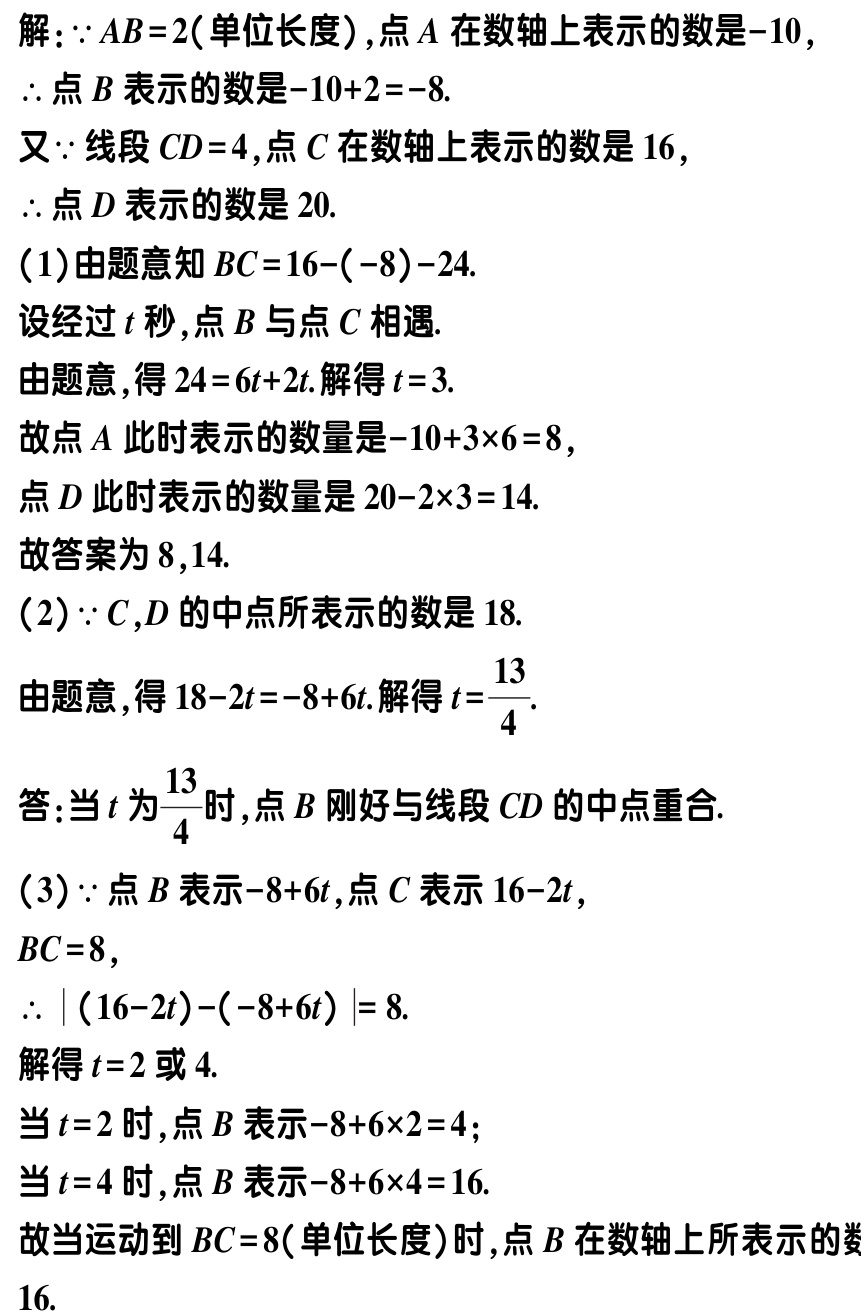
解：\(\because AB = 2\)（单位长度）,点\(A\)在数轴上表示的数是\(-10\),

\(\therefore\)点\(B\)表示的数是\(-10 + 2 = -8\).

又\(\because\)线段\(CD = 4\),点\(C\)在数轴上表示的数是\(16\),

\(\therefore\)点\(D\)表示的数是\(20\).

（1）由题意知\(BC = 16 - (-8)=24\).

设经过\(t\)秒,点\(B\)与点\(C\)相遇.

由题意,得\(24 = 6t + 2t\).解得\(t = 3\).

故点\(A\)此时表示的数量是\(-10 + 3\times6 = 8\),

点\(D\)此时表示的数量是\(20 - 2\times3 = 14\).

故答案为\(8,14\).

（2）\(\because C,D\)的中点所表示的数是\(18\).

由题意,得\(18 - 2t = -8 + 6t\).解得\(t = \frac{13}{4}\).

答:当\(t\)为\(\frac{13}{4}\)时,点\(B\)刚好与线段\(CD\)的中点重合.

（3）\(\because\)点\(B\)表示\(-8 + 6t\),点\(C\)表示\(16 - 2t\),

\(BC = 8\),

\(\therefore |(16 - 2t) - (-8 + 6t)| = 8\).

解得\(t = 2\)或\(4\).

当\(t = 2\)时,点\(B\)表示\(-8 + 6\times2 = 4\);

当\(t = 4\)时,点\(B\)表示\(-8 + 6\times4 = 16\).

故当运动到\(BC = 8\)（单位长度）时,点\(B\)在数轴上所表示的数是\(4\)或\(16\).